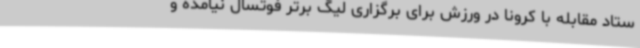
ستاد مقابله با کرونا در ورزش برای برگزاری لیگ برتر فوتسال نیامده و